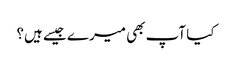
کیا آپ بھی میرے جیسے ہیں؟